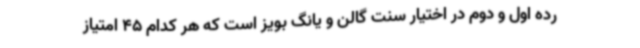
رده اول و دوم در اختیار سنت گالن و یانگ بویز است که هر کدام 45 امتیاز